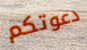
دعوتكم